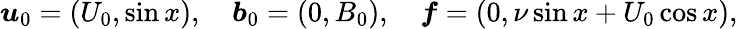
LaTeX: \boldsymbol{u}_{0}=(U_{0},\sin x),\quad\boldsymbol{b}_{0}=(0,B_{0}),\quad\boldsymbol{f}=(0,\nu\sin x+U_{0}\cos x),